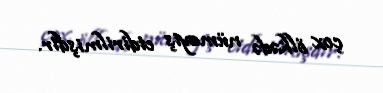
çox ölkədə nümayiş etdirilmişdir.